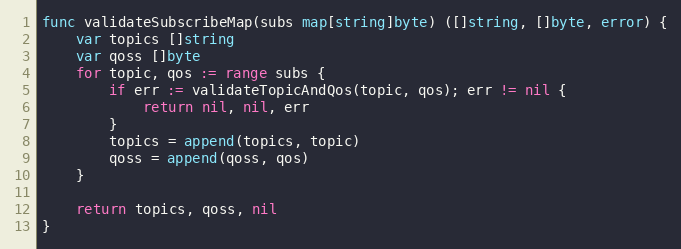
Language: Go
func validateSubscribeMap(subs map[string]byte) ([]string, []byte, error) {
	var topics []string
	var qoss []byte
	for topic, qos := range subs {
		if err := validateTopicAndQos(topic, qos); err != nil {
			return nil, nil, err
		}
		topics = append(topics, topic)
		qoss = append(qoss, qos)
	}

	return topics, qoss, nil
}